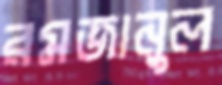
রমজানুল